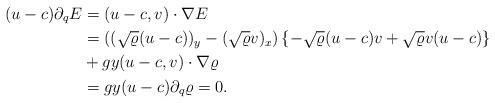
LaTeX: \begin{align*} (u-c) \partial_q E &= \left(u-c, v \right) \cdot \nabla E \\& = \left( (\sqrt{\varrho}(u-c))_y - (\sqrt{\varrho}v)_x \right) \left\{ -\sqrt{\varrho}(u-c)v + \sqrt{\varrho} v(u-c)\right\} \\& + {g}y(u-c,v) \cdot \nabla \varrho\\ & = {g}y(u-c) \partial_q \varrho = 0. \end{align*}